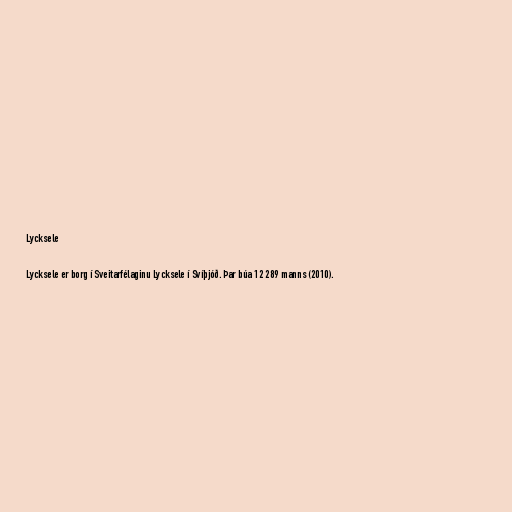
Lycksele

Lycksele er borg í Sveitarfélaginu Lycksele í Svíþjóð. Þar búa 12 289 manns (2010).